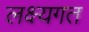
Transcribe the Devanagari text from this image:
लक्ष्यगत